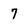
Character: 7